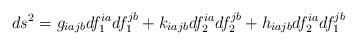
\begin{align*}ds^2=g_{iajb}df_1^{ia}df_1^{jb}+k_{iajb}df_2^{ia}df_2^{jb}+h_{iajb}df_2^{ia}df_1^{jb}\end{align*}